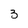
Character: 3